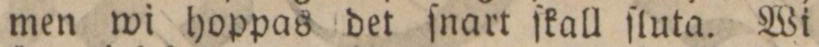
men wi hoppas det ſnart ſkall ſluta. Wi